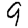
Digit: 9